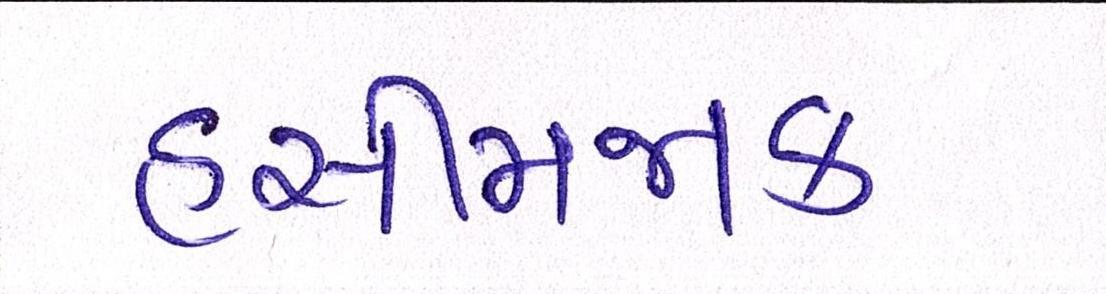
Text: હસીમજાક